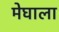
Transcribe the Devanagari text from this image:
मेघाला